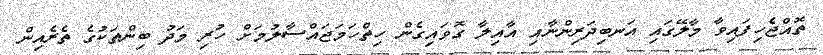
ތޮއްޖެހިފައިވާ މާލޭގައި އަނބިދަރިންނާއި އާއިލާ ގޮވައިގެން ހިތްހަމަޖައްސާލުމަށް ހުރި މަދު ބިންތަކުގެ ތެރެއިން